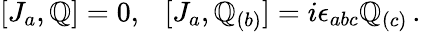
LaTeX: [J_{a},\mathbb{Q}]=0,\ \ \ [J_{a},\mathbb{Q}_{(b)}]=i\epsilon_{abc}\mathbb{Q}_{(c)}\, .